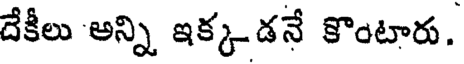
దేకీలు అన్ని ఇక్కడనే కొంటారు.